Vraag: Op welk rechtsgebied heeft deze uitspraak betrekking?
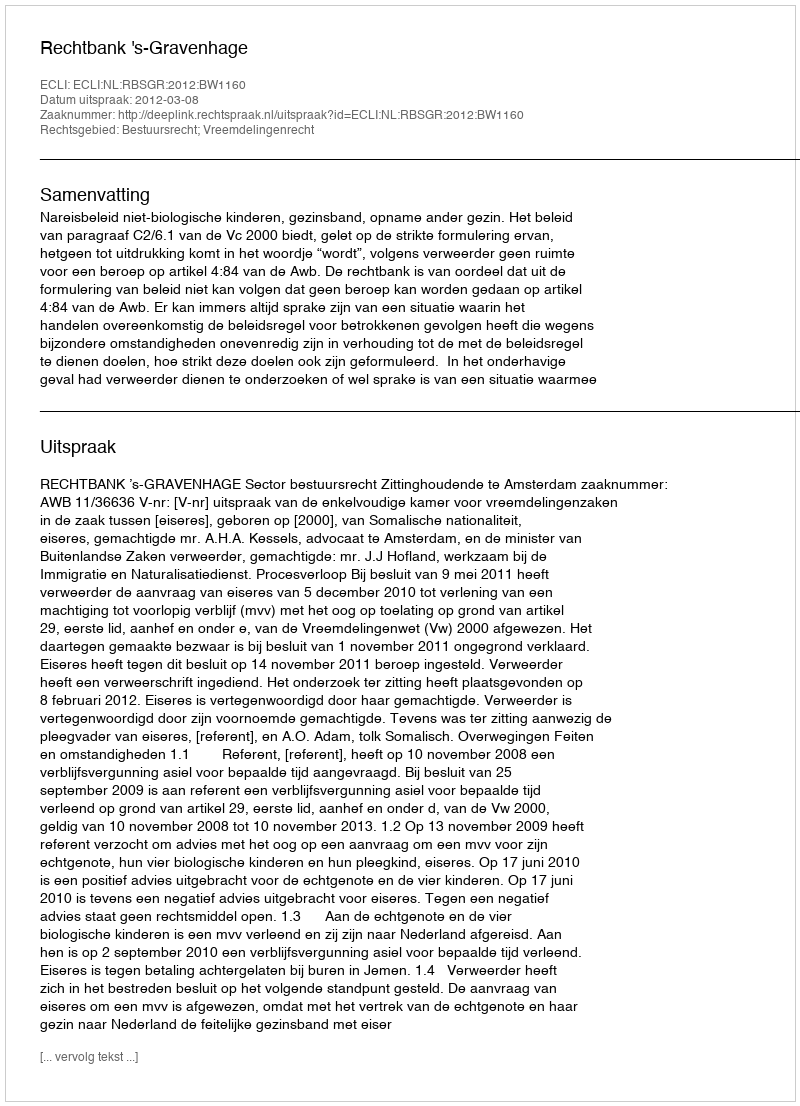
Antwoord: Bestuursrecht; Vreemdelingenrecht